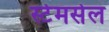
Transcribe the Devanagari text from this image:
स्टेमसेल